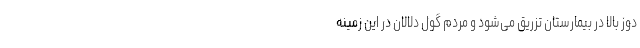
دوز بالا در بیمارستان تزریق می‌شود و مردم گول دلالان در این زمینه